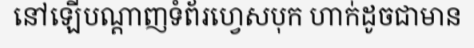
នៅឡើបណ្តាញទំព័រហ្វេសបុក ហាក់ដូចជាមាន